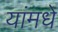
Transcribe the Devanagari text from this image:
यांमधे